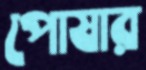
পোষার